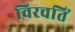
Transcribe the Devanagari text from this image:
विरचतिं